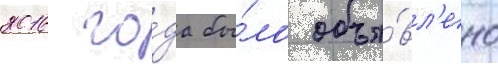
2016 го́да бы́ло объя́вл'ено